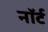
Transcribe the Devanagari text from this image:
नॉर्ट